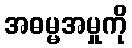
အဓမ္မအမှုကို